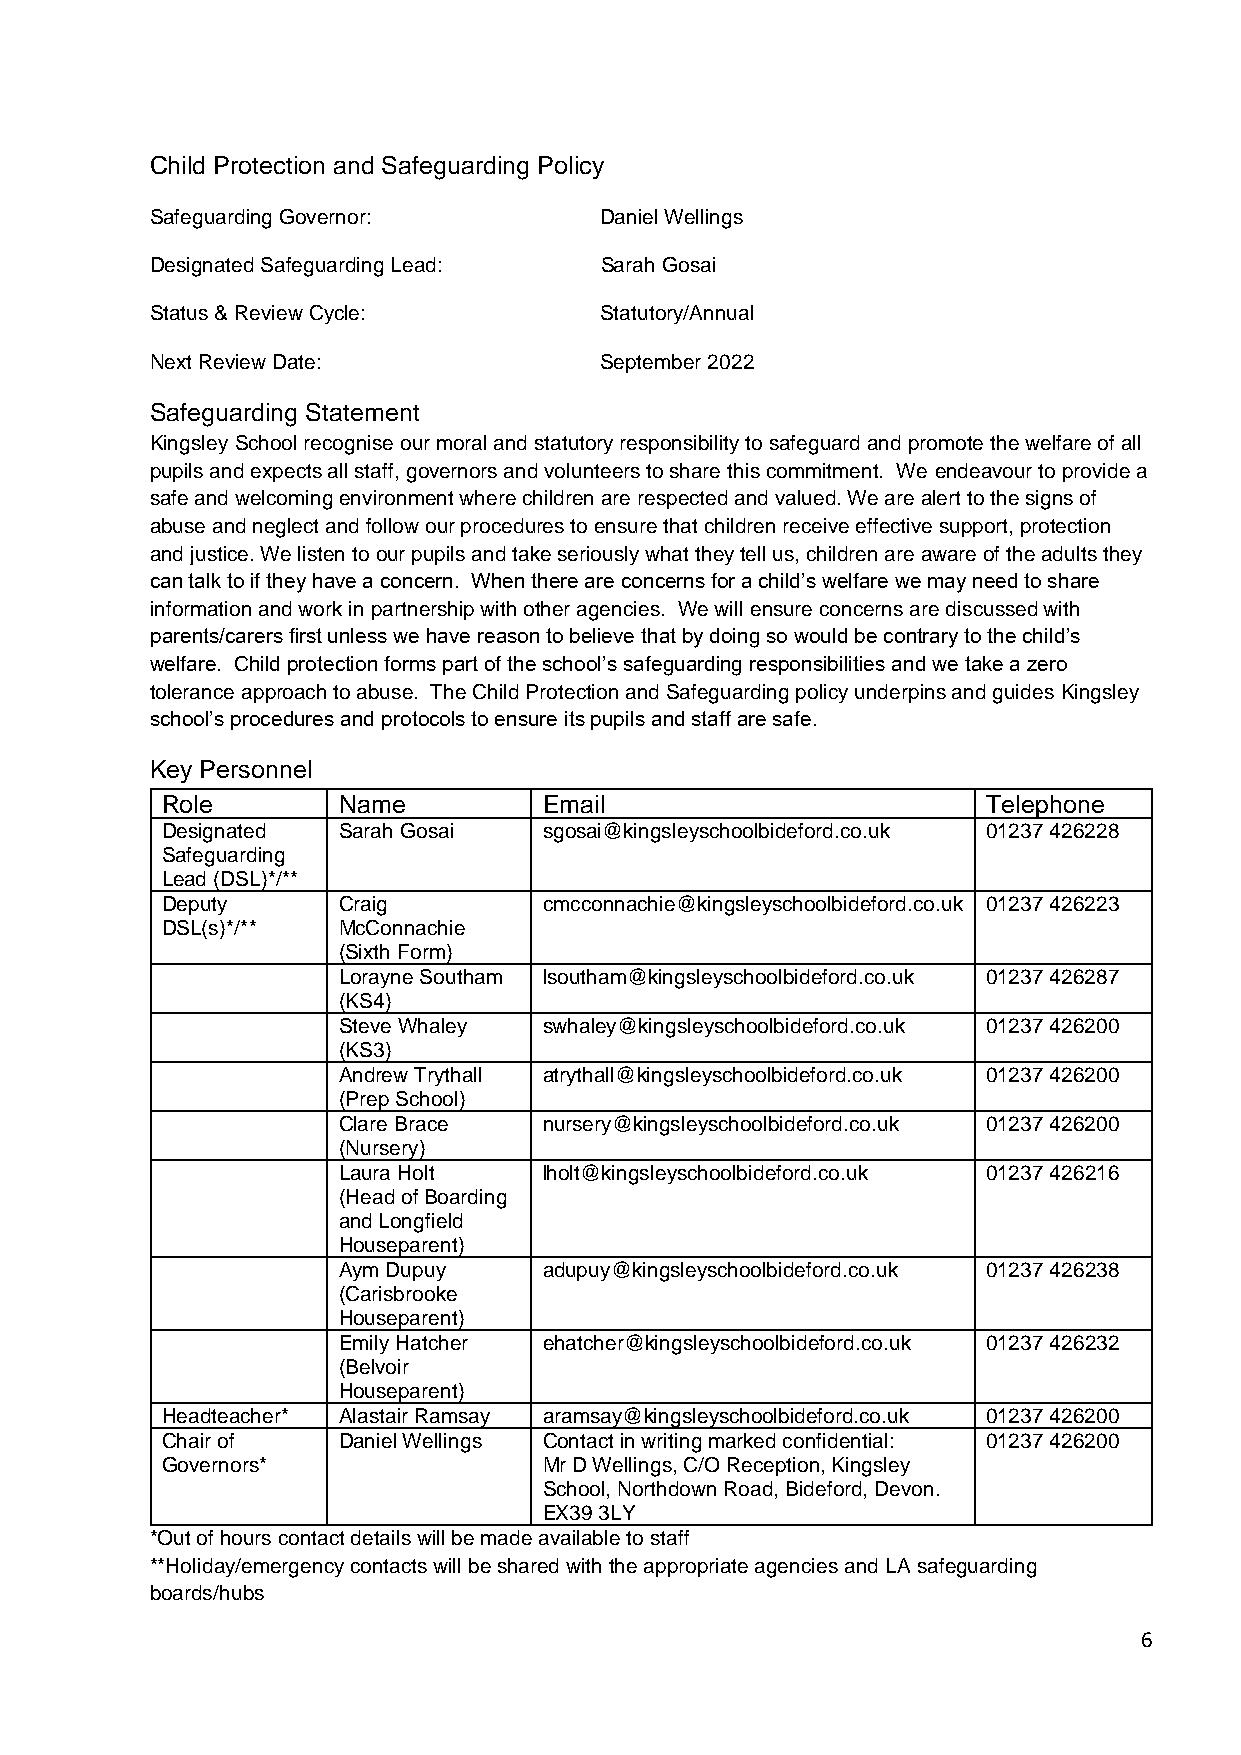
Child Protection and Safeguarding Policy
 Safeguarding Governor:        Daniel Wellings
 Designated Safeguarding Lead: Sarah Gosai
 Status & Review Cycle:        Statutory/Annual
 Next Review Date:             September 2022
 Safeguarding Statement
 Kingsley School recognise our moral and statutory responsibility to safeguard and promote the welfare of all
 pupils and expects all staff, governors and volunteers to share this commitment. We endeavour to provide a
 safe and welcoming environment where children are respected and valued. We are alert to the signs of
 abuse and neglect and follow our procedures to ensure that children receive effective support, protection
 and justice. We listen to our pupils and take seriously what they tell us, children are aware of the adults they
 can talk to if they have a concern. When there are concerns for a child’s welfare we may need to share
 information and work in partnership with other agencies. We will ensure concerns are discussed with
 parents/carers first unless we have reason to believe that by doing so would be contrary to the child’s
 welfare. Child protection forms part of the school’s safeguarding responsibilities and we take a zero
 tolerance approach to abuse. The Child Protection and Safeguarding policy underpins and guides Kingsley
 school’s procedures and protocols to ensure its pupils and staff are safe.
 Key Personnel
 Role       Name          Email                        Telephone
 Designated Sarah Gosai   sgosai@kingsleyschoolbideford.co.uk 01237 426228
 Safeguarding
 Lead (DSL)*/**
 Deputy     Craig         cmcconnachie@kingsleyschoolbideford.co.uk 01237 426223
 DSL(s)*/** McConnachie
 (Sixth Form)
 Lorayne Southam lsoutham@kingsleyschoolbideford.co.uk 01237 426287
 (KS4)
 Steve Whaley  swhaley@kingsleyschoolbideford.co.uk 01237 426200
 (KS3)
 Andrew Trythall atrythall@kingsleyschoolbideford.co.uk 01237 426200
 (Prep School)
 Clare Brace   nursery@kingsleyschoolbideford.co.uk 01237 426200
 (Nursery)
 Laura Holt    lholt@kingsleyschoolbideford.co.uk 01237 426216
 (Head of Boarding
 and Longfield
 Houseparent)
 Aym Dupuy     adupuy@kingsleyschoolbideford.co.uk 01237 426238
 (Carisbrooke
 Houseparent)
 Emily Hatcher ehatcher@kingsleyschoolbideford.co.uk 01237 426232
 (Belvoir
 Houseparent)
 Headteacher* Alastair Ramsay aramsay@kingsleyschoolbideford.co.uk 01237 426200
 Chair of   Daniel Wellings Contact in writing marked confidential: 01237 426200
 Governors*               Mr D Wellings, C/O Reception, Kingsley
 School, Northdown Road, Bideford, Devon.
 EX39 3LY
 *Out of hours contact details will be made available to staff
 **Holiday/emergency contacts will be shared with the appropriate agencies and LA safeguarding
 boards/hubs
 6